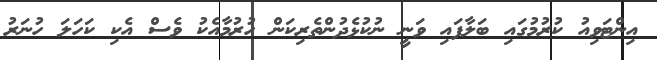
އިންޓަވިއު ކުރުމުގައި ބަލާފައި ވަނީ ނުކުޅެދުންތެރިކަން ހުރުމާއެކު ވެސް އެކި ކަހަލަ ހުނަރު